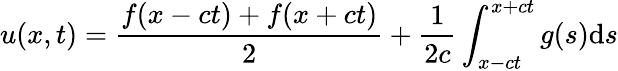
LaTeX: u(x,t)={\frac{f(x-ct)+f(x+ct)}{2}}+{\frac{1}{2c}}\int_{x-ct}^{x+ct}g(s)\mathrm{d}s